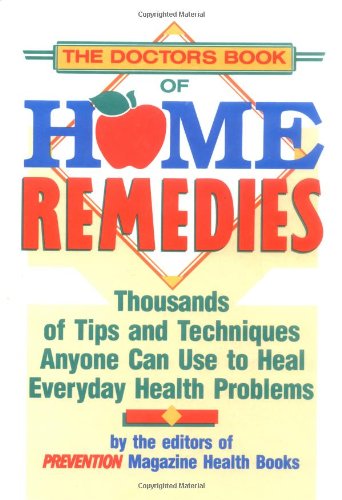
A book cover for The Doctor's Book of Home Remedies: Thousands of Tips and Techniques Anyone Can Use to Heal Everyday Health Problems; Editors of Prevention Magazine Health Books; Parenting & Relationships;